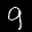
Label: 9